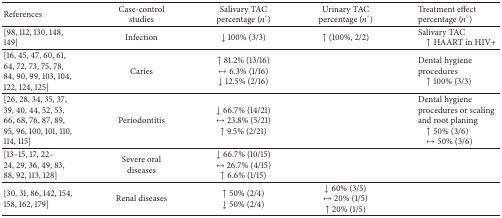
<table><thead><tr><td><b>References</b></td><td><b>Case-control studies</b></td><td><b>Salivary TACpercentage (<i>n</i>°)</b></td><td><b>Urinary TACpercentage (<i>n</i>°)</b></td><td><b>Treatment effectpercentage (<i>n</i>°)</b></td></tr></thead><tbody><tr><td>[98, 112, 130, 148, 149]</td><td>Infection</td><td>↓ 100% (3/3) </td><td>↑ (100%, 2/2)</td><td>Salivary TAC ↑ HAART in HIV+</td></tr><tr><td>[16, 45, 47, 60, 61, 64, 72, 73, 75, 78, 84, 90, 99, 103, 104, 122, 124, 125] </td><td>Caries</td><td>↑ 81.2% (13/16)<i>↔</i> 6.3% (1/16)↓ 12.5% (2/16)</td><td> </td><td>Dental hygiene procedures ↑ 100% (3/3)</td></tr><tr><td>[26, 28, 34, 35, 37, 39, 40, 44, 52, 53, 66, 68, 76, 87, 89, 95, 96, 100, 101, 110, 114, 115] </td><td>Periodontitis </td><td>↓ 66.7% (14/21)↔ 23.8% (5/21)↑ 9.5% (2/21) </td><td> </td><td>Dental hygiene procedures or scaling and root planing ↑ 50% (3/6) ↔ 50% (3/6)</td></tr><tr><td>[13–15, 17, 22–24, 29, 36, 49, 83, 88, 92, 113, 128]</td><td>Severe oral diseases</td><td>↓ 66.7% (10/15)↔ 26.7% (4/15)↑ 6.6% (1/15)</td><td> </td><td> </td></tr><tr><td>[30, 31, 86, 142, 154, 158, 162, 179]</td><td>Renal diseases</td><td>↑ 50% (2/4)↓ 50% (2/4)</td><td>↓ 60% (3/5)↔ 20% (1/5)↑ 20% (1/5)</td><td> </td></tr></tbody></table>